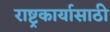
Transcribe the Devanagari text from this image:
राष्ट्रकार्यासाठी